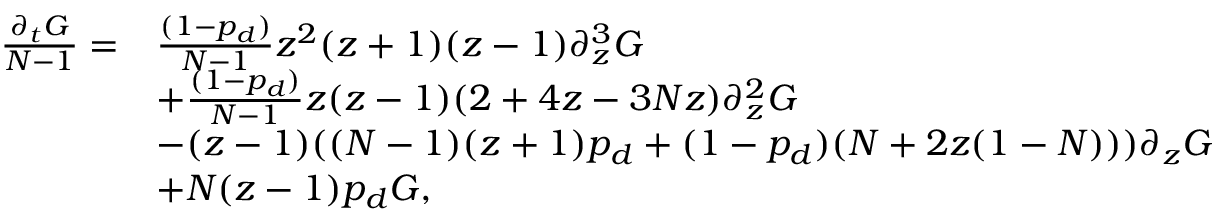
\begin{array} { r l } { \frac { \partial _ { t } G } { N - 1 } = } & { \frac { ( 1 - p _ { d } ) } { N - 1 } z ^ { 2 } ( z + 1 ) ( z - 1 ) \partial _ { z } ^ { 3 } G } \\ & { + \frac { ( 1 - p _ { d } ) } { N - 1 } z ( z - 1 ) ( 2 + 4 z - 3 N z ) \partial _ { z } ^ { 2 } G } \\ & { - ( z - 1 ) ( ( N - 1 ) ( z + 1 ) p _ { d } + ( 1 - p _ { d } ) ( N + 2 z ( 1 - N ) ) ) \partial _ { z } G } \\ & { + N ( z - 1 ) p _ { d } G , } \end{array}